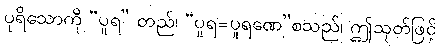
ပုရိသောကို “ပူရ” တည်၊ “ပူရ=ပူရဏေ”စသည်၊ ဤသုတ်ဖြင့်